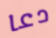
دعا